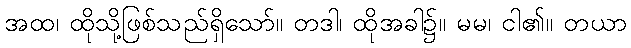
အထ၊ ထိုသို့ဖြစ်သည်ရှိသော်။ တဒါ၊ ထိုအခါ၌။ မမ၊ ငါ၏။ တယာ